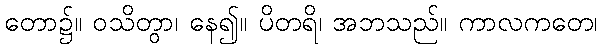
တော၌။ ဝသိတွာ၊ နေ၍။ ပိတရိ၊ အဘသည်။ ကာလကတေ၊